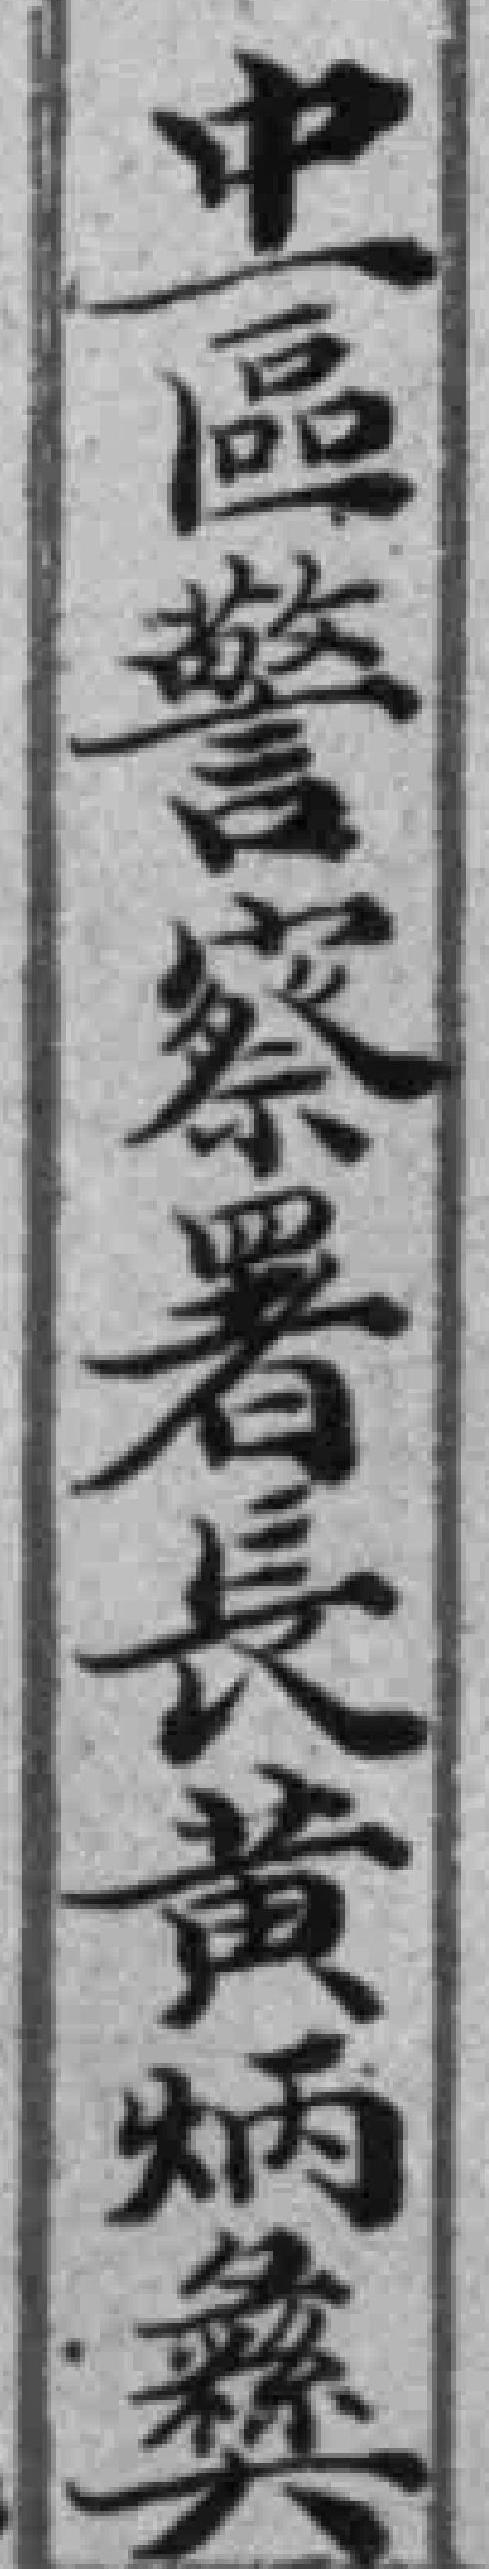
中一區警察署長黄炳彝